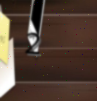
2